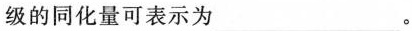
级的同化量可表示为___。